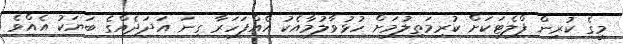
މީގެ ކުރިން ފްލެޓަކަށް ކުރިމަތިލުމަށް ހުޅުވާލުމާއެކު އެއްފަހަރާ ގިނަ އަދަދެއްގެ ބަޔަކު އެއްވެ